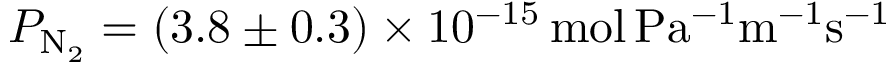
P _ { \mathrm { N _ { 2 } } } = ( 3 . 8 \pm 0 . 3 ) \times 1 0 ^ { - 1 5 } \, \mathrm { m o l \, P a ^ { - 1 } m ^ { - 1 } s ^ { - 1 } }